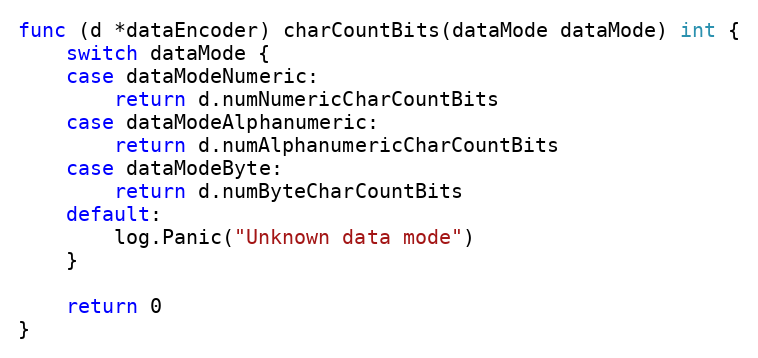
Language: Go
func (d *dataEncoder) charCountBits(dataMode dataMode) int {
	switch dataMode {
	case dataModeNumeric:
		return d.numNumericCharCountBits
	case dataModeAlphanumeric:
		return d.numAlphanumericCharCountBits
	case dataModeByte:
		return d.numByteCharCountBits
	default:
		log.Panic("Unknown data mode")
	}

	return 0
}